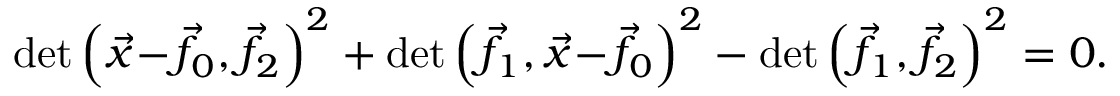
\operatorname* { d e t } { \left( { \vec { x } } \! - \! { \vec { f } } \! _ { 0 } , { \vec { f } } \! _ { 2 } \right) ^ { 2 } } + \operatorname* { d e t } { \left( { \vec { f } } \! _ { 1 } , { \vec { x } } \! - \! { \vec { f } } \! _ { 0 } \right) ^ { 2 } } - \operatorname* { d e t } { \left( { \vec { f } } \! _ { 1 } , { \vec { f } } \! _ { 2 } \right) ^ { 2 } } = 0 .